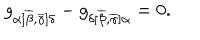
g _ { \alpha [ \overline { { { \beta } } } , \overline { { { \gamma } } } ] \delta } - g _ { \delta [ \overline { { { \beta } } } , \overline { { { \gamma } } } ] \alpha } = 0 .